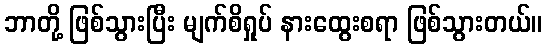
ဘာတို့ ဖြစ်သွားပြီး မျက်စိရှုပ် နားထွေးစရာ ဖြစ်သွားတယ်။